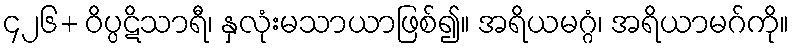
၄၂၆+ ဝိပ္ပဋိသာရီ၊ နှလုံးမသာယာဖြစ်၍။ အရိယမဂ္ဂံ၊ အရိယာမဂ်ကို။